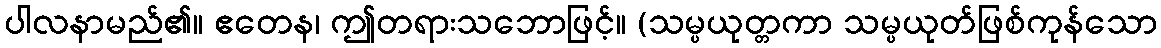
ပါလနာမည်၏။ ဧတေန၊ ဤတရားသဘောဖြင့်။ (သမ္ပယုတ္တကာ သမ္ပယုတ်ဖြစ်ကုန်သော